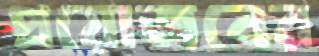
প্রয়োজনের